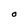
Character: O